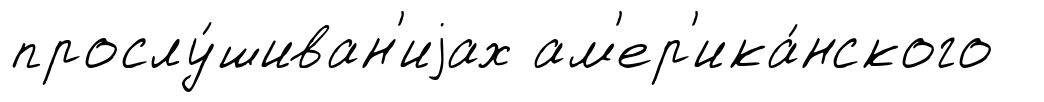
прослу́шиван'иjах ам'ер'ика́нского